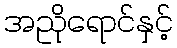
အညိုရောင်နှင့်